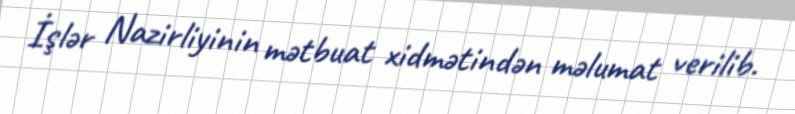
İşlər Nazirliyinin mətbuat xidmətindən məlumat verilib.